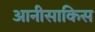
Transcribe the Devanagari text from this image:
आनीसाकिस